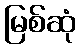
မြစ်ဆုံ